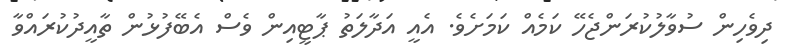
ދިވެހިން ސުވާލުކުރަންޖެހޭ ކަމެއް ކަމަށެވެ. އެއީ އަދާލަތު ޕާޓީއިން ވެސް އެބޭފުޅުން ތާއީދުކުރައްވާ